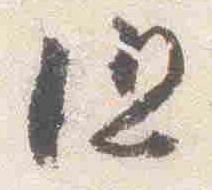
但